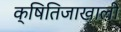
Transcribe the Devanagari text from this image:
क्षितिजाखाली